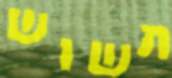
תשוש